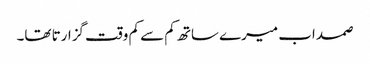
صمد اب میرے ساتھ کم سے کم وقت گزارتا تھا۔